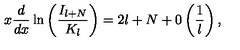
x \displaystyle \frac { d } { d x } \ln \left( \displaystyle \frac { I _ { l + N } } { K _ { l } } \right) = 2 l + N + 0 \left( \displaystyle \frac { 1 } { l } \right) ,